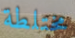
مختلطة